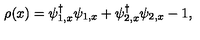
\rho ( x ) = \psi _ { 1 , x } ^ { \dag } \psi _ { 1 , x } + \psi _ { 2 , x } ^ { \dag } \psi _ { 2 , x } - 1 ,